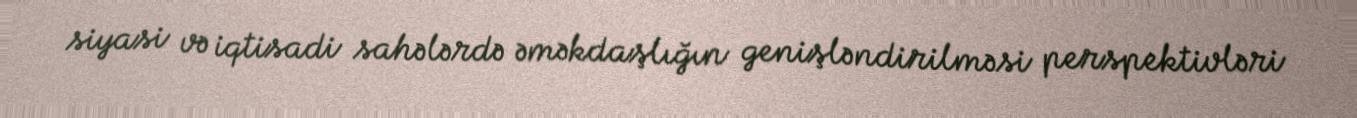
siyasi və iqtisadi sahələrdə əməkdaşlığın genişləndirilməsi perspektivləri